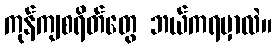
ကုန်ကျစရိတ်တွေ ဘယ်ကရမှာလဲ။